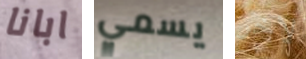
ابانا يسمي لاخر